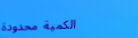
الكمية محدودة